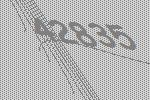
42835